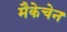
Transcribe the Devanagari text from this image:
मैकेचेन